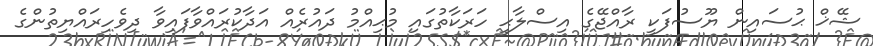
ޝޭޚް ޙުސައިން ޔޫސުފަކީ ރާއްޖޭގެ އިސްލާޙީ ހަރަކާތުގައި މުޙިއްމު ދައުރެއް އަދާކުރައްވާފައިވާ ދިވެހިރައްޔިތުންގެ